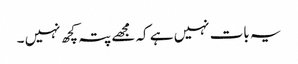
یہ بات نہیں ہے کہ مجھے پتہ کچھ نہیں ۔